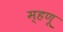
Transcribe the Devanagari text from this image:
म्‍हणू